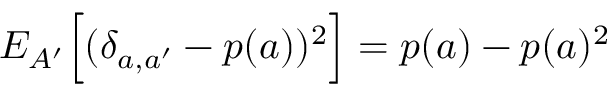
{ E } _ { A ^ { \prime } } \Big [ ( \delta _ { a , a ^ { \prime } } - p ( a ) ) ^ { 2 } \Big ] = p ( a ) - p ( a ) ^ { 2 }